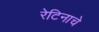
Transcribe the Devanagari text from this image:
रेटिनाचे